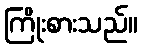
ကြိုးစားသည်။